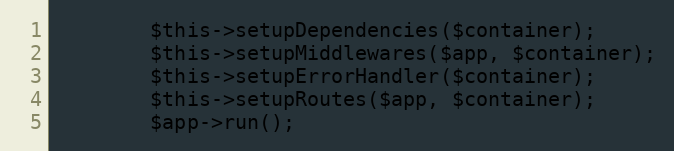
Language: PHP
        $this->setupDependencies($container);
        $this->setupMiddlewares($app, $container);
        $this->setupErrorHandler($container);
        $this->setupRoutes($app, $container);
        $app->run();